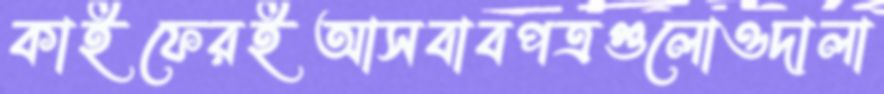
কাইফেরইআসবাবপত্রগুলোওদালা